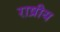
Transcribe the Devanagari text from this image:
राष्रीय